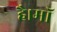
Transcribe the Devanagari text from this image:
है।माॅ